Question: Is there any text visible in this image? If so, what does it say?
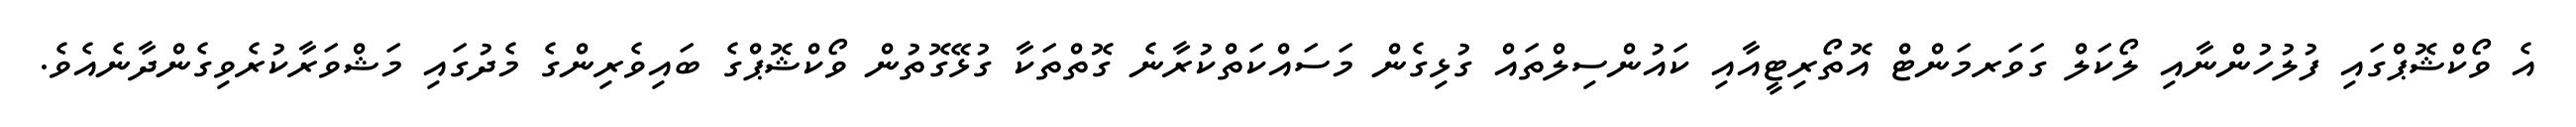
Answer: އެ ވޯކްޝޮޕްގައި ފުލުހުންނާއި ލޯކަލް ގަވަރމަންޓް އޮތޯރިޓީއާއި ކައުންސިލްތައް ގުޅިގެން މަސައްކަތްކުރާނެ ގޮތްތަކާ ގުޅޭގޮތުން ވޯކްޝޮޕްގެ ބައިވެރިންގެ މެދުގައި މަޝްވަރާކުރެވިގެންދާނެއެވެ.